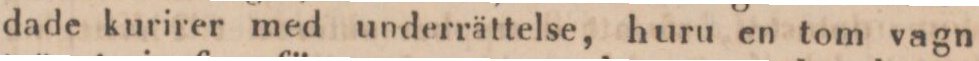
dade kurirer med underrättelse, huru en tom vagn